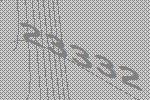
23332